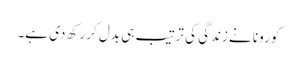
کورونا نے زندگی کی ترتیب ہی بدل کر رکھ دی ہے۔